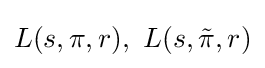
L(s,\pi ,r),\ L(s,{\tilde {\pi }},r)